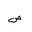
Letter: _sad